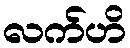
လက်ဟိ